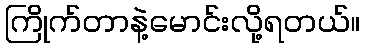
ကြိုက်တာနဲ့မောင်းလို့ရတယ်။